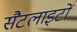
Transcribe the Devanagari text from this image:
सैटलाइटों